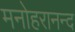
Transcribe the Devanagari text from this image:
मनोहरानन्द